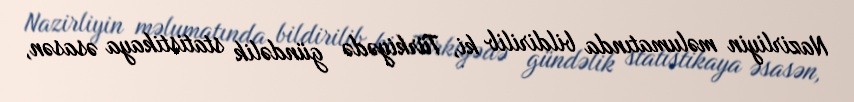
Nazirliyin məlumatında bildirilib ki, Türkiyədə gündəlik statistikaya əsasən,